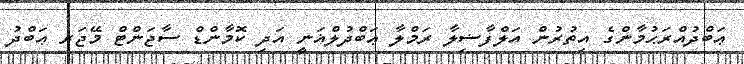
ޢަބްދުއްރަޙުމާންގެ އިތުރުން އަލްފާޟިލާ ރަމްލާ ޢަބްދުލްޣަނީ އަދި ކޮމާންޑް ސާޖަންޓް މޭޖަރ ޢަބްދު